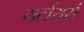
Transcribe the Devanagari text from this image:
मर्टायर्स